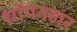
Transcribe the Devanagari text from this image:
शॉपनहार